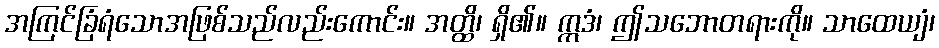
အကြင်ခြံရံသောအဖြစ်သည်လည်းကောင်း။ အတ္ထိ၊ ရှိ၏။ ဣဒံ၊ ဤသဘောတရားကို။ သာထေယျံ၊